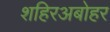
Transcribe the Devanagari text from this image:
शहिरअबोहर